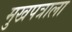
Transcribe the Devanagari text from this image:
मुखपत्राला